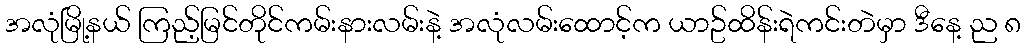
အလုံမြို့နယ် ကြည့်မြင်တိုင်ကမ်းနားလမ်းနဲ့ အလုံလမ်းထောင့်က ယာဥ်ထိန်းရဲကင်းတဲမှာ ဒီနေ့ ည ၈